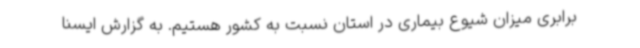
برابری میزان شیوع بیماری در استان نسبت به کشور هستیم. به گزارش ایسنا